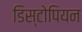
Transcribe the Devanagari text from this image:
डिस्टोपियन